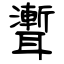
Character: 聻